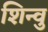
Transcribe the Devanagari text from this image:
शिन्वु